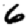
Digit: 6